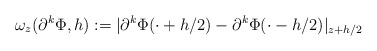
\begin{align*} \omega_z(\partial^k\Phi,h) := |\partial^k\Phi(\cdot+h/2)-\partial^k\Phi(\cdot-h/2)|_{z+h/2}\end{align*}